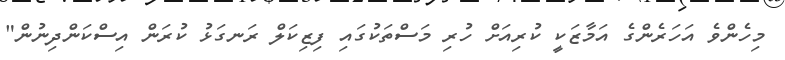
މިހެންވެ އަހަރެންގެ އަމާޒަކީ ކުރިއަށް ހުރި މަސްތަކުގައި ފިޒިކަލް ރަނގަޅު ކުރަން އިސްކަންދިނުން"